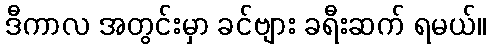
ဒီကာလ အတွင်းမှာ ခင်ဗျား ခရီးဆက် ရမယ်။